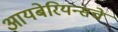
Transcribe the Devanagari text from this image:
आयबेरियन्सचे